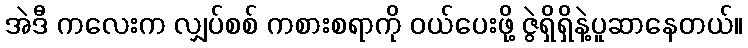
အဲဒီ ကလေးက လျှပ်စစ် ကစားစရာကို ဝယ်ပေးဖို့ ဇွဲရှိရှိနဲ့ပူဆာနေတယ်။